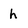
Character: h